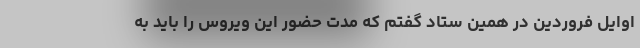
اوایل فروردین در همین ستاد گفتم که مدت حضور این ویروس را باید به